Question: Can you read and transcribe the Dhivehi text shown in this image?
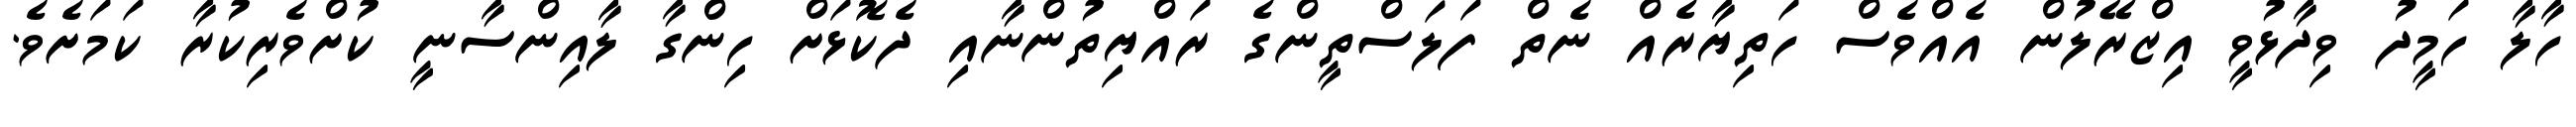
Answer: ހާލާ ހަމީދު ވިދާޅުވީ އިޒްރޭލުން އެއްވެސް ހަތިޔާރެއް ނެތް ފަލަސްތީންގެ ރައްޔިތުންނާއި ދެކޮޅަށް ހިންގާ ލާއިންސާނީ ކުށްވެރިކުރާ ކަމަށެވެ.